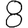
Digit: 8